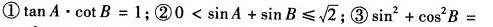
①$$tan \times AcotB = 1$$；②0 <$$ \sinA + \sin B $$ \leqslant \sqrt{2 }$$ ；③$$ sin^{2} + cos_{2}B =$$